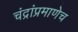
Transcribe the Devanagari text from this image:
चंद्रांप्रमाणेच